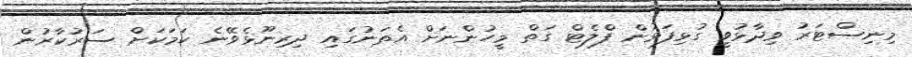
މިނިސްޓަރު ވިދާޅުވީ ގުޅިފަޅުން ފްލެޓް ގަތް މީހުންނަށް އެތަނުގައި ދިރިނޫޅެވޭނެ ކަމަކަށް ސަރުކާރުން